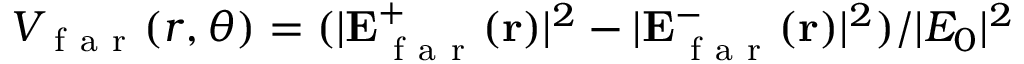
V _ { \mathrm { ~ f ~ a ~ r ~ } } ( r , \theta ) = ( | \mathbf { E } _ { \mathrm { ~ f ~ a ~ r ~ } } ^ { + } ( \mathbf { r } ) | ^ { 2 } - | \mathbf { E } _ { \mathrm { ~ f ~ a ~ r ~ } } ^ { - } ( \mathbf { r } ) | ^ { 2 } ) / | E _ { 0 } | ^ { 2 }